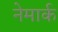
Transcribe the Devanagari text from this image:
नेमार्क